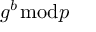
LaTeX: g ^ { b } { \bmod { p } }